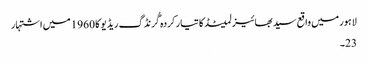
لاہور میں واقع سید بھائیز لمیٹڈ کا تیار کردہ گُرنڈگ ریڈیو کا 1960 میں اشتہار
23۔